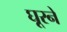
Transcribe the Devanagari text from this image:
घूरने